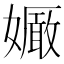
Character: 𡣜